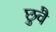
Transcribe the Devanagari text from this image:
छुवै